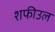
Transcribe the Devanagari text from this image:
शफीउल